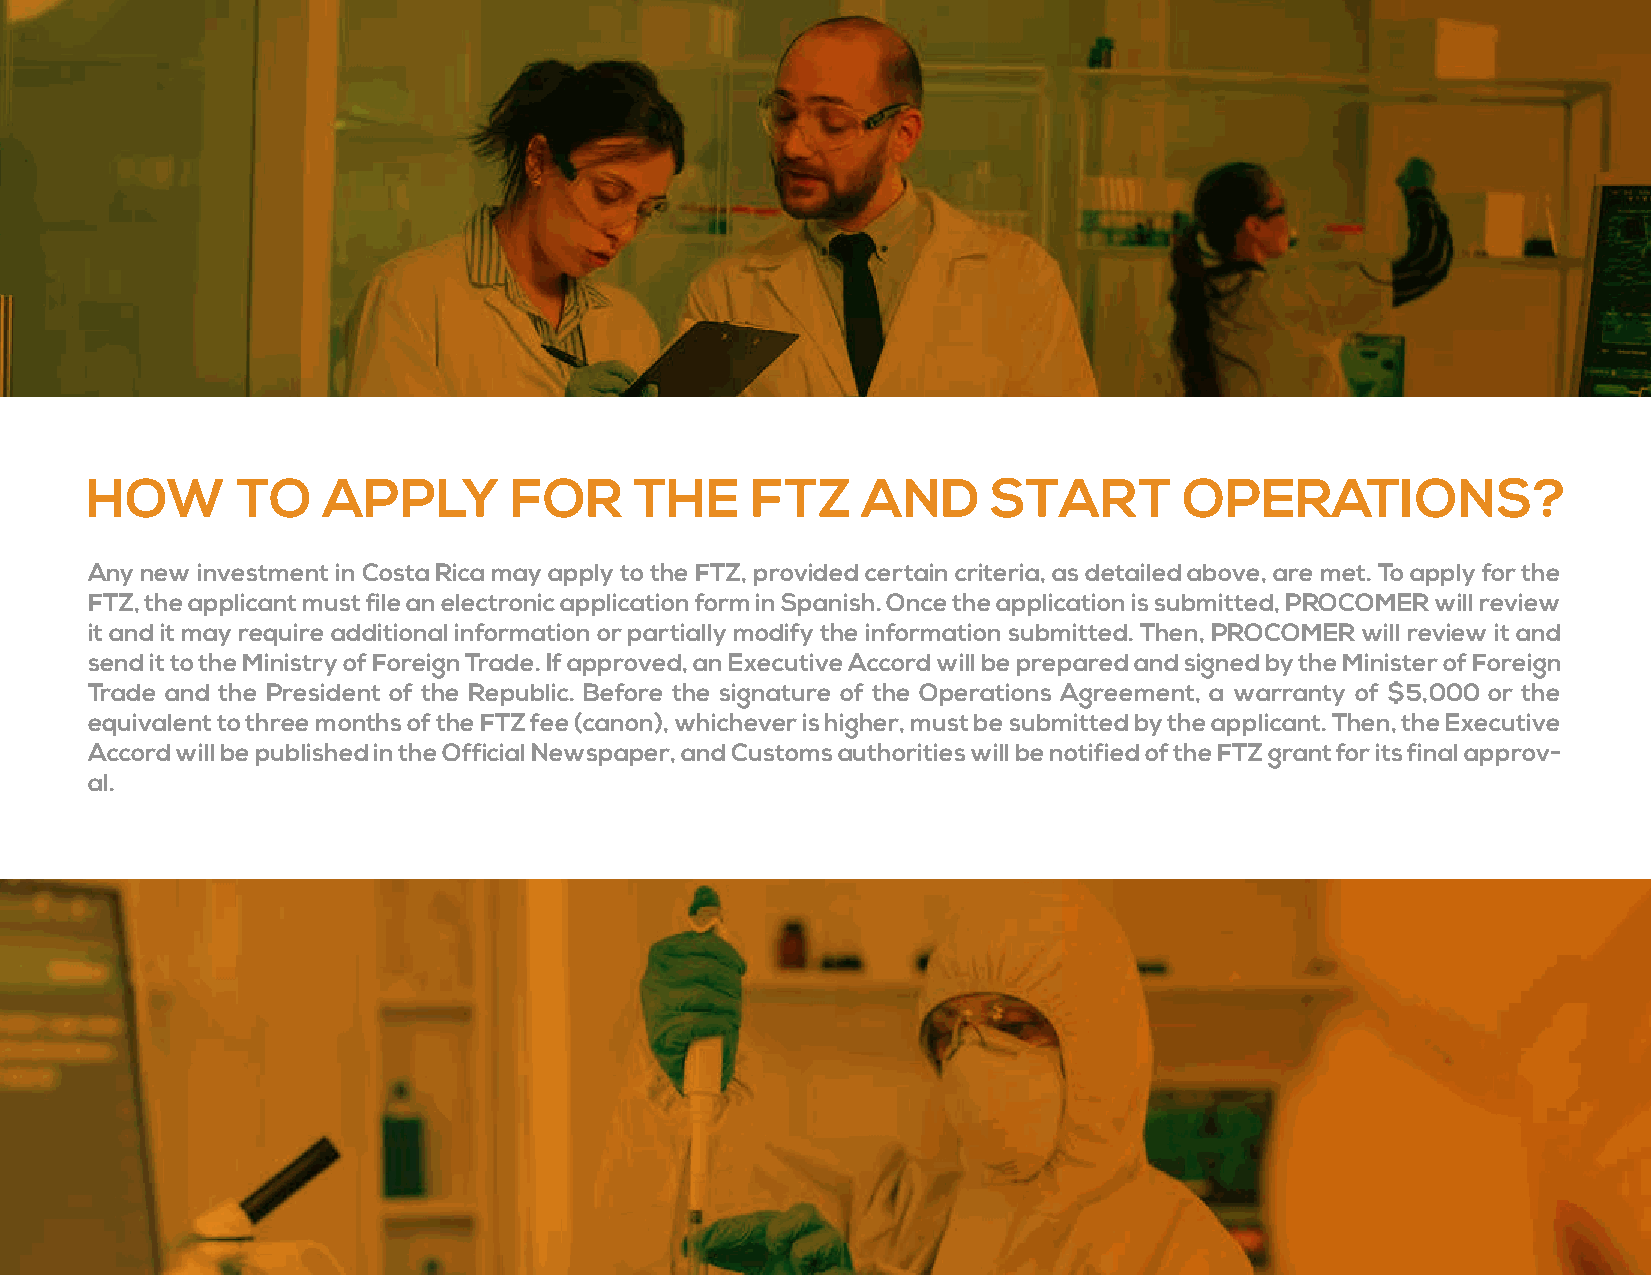
HOW       TO   APPLY        FOR     THE     FTZ    AND      START       OPERATIONS?
 Any new investment in Costa Rica may apply to the FTZ, provided certain criteria, as detailed above, are met. To apply for the
 FTZ, the applicant must file an electronic application form in Spanish. Once the application is submitted, PROCOMER will review
 it and it may require additional information or partially modify the information submitted. Then, PROCOMER will review it and
 send it to the Ministry of Foreign Trade. If approved, an Executive Accord will be prepared and signed by the Minister of Foreign
 Trade and the President of the Republic. Before the signature of the Operations Agreement, a warranty of $5,000 or the
 equivalent to three months of the FTZ fee (canon), whichever is higher, must be submitted by the applicant. Then, the Executive
 Accord will be published in the Official Newspaper, and Customs authorities will be notified of the FTZ grant for its final approv-
 al.